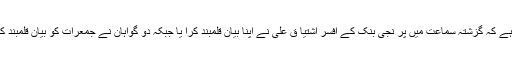
یاد رہے کہ گزشتہ سماعت میں پر نجی بنک کے افسر اشتیا ق علی نے اپنا بیان قلمبند کرا یا جبکہ دو گواہان نے جمعرات کو بیان قلمبند کرایا ۔